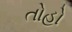
તોહો